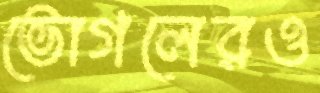
ভোগলেরও